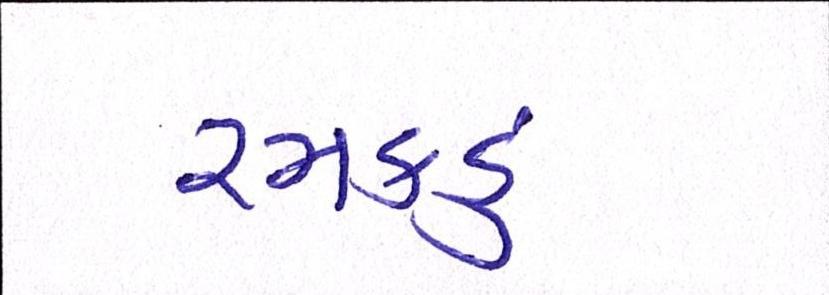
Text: રમકડું